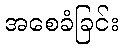
အစေခံခြင်း